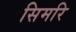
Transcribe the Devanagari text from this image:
सिमरि